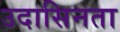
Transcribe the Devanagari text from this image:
उदासिनता